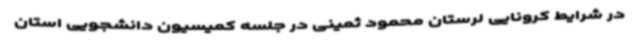
در شرایط کرونایی لرستان محمود ثمینی در جلسه کمیسیون دانشجویی استان